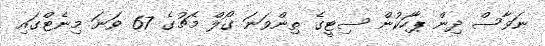
ނަވާސް ދިން ޕާހަކުން ސިޓީގެ ތިންވަނަ ގޯލް މެޗުގެ 67 ވަނަ މިނެޓްގައި